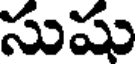
సుషు